Madras plague regulations in force outside the Presidency town - Volume 1
Disease focus: Plague
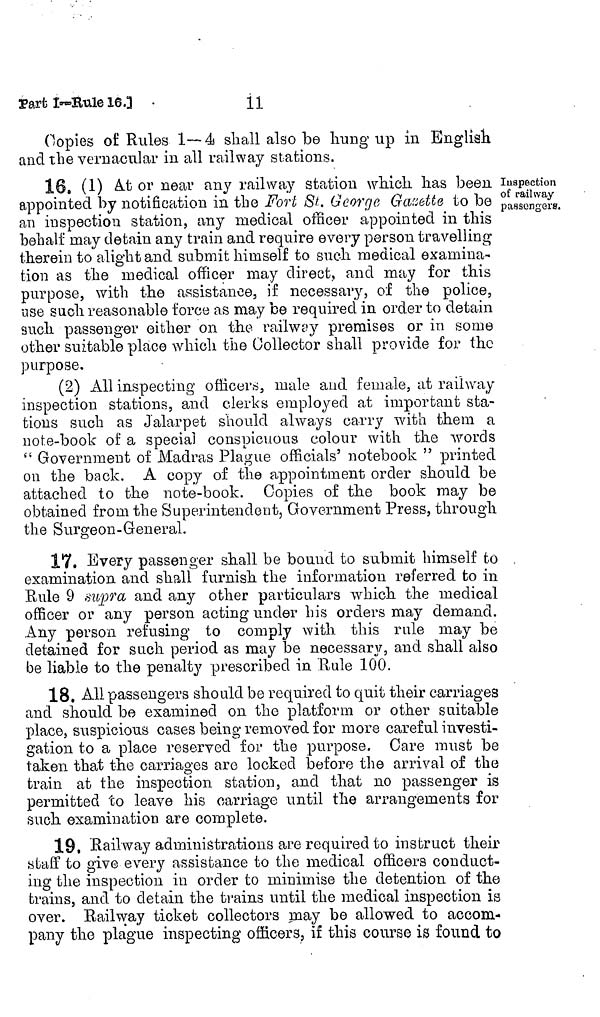
11
Part I-Bule 16.3
Copies of Rules 1—4 shall also be hungup in English
and the vernacular in all railway stations.
Inspection
of railway
passengers.
16. (1) At or near any railway station which has been
appointed by notification in the Fort St. George Gazette to be
an inspection station, any medical officer appointed in this
behalf may detain any train and require every person travelling
therein to alight and submit himself to such medical examina-
tion as the medical officer may direct, and may for this
purpose, with the assistance, if necessary, of the police,
use such reasonable force as may be required in order to detain
such passenger either on the railway premises or in some
other suitable place which the Collector shall provide for the
purpose.
(2) All inspecting officers, male and female, at railway
inspection stations, and clerks employed at important sta-
tions such as Jalarpet should always carry with them a
note-book of a special conspicuous colour with the words
Government of Madras Plague officials' notebook " printed
on the back. A copy of the appointment order should be
attached to the note-book. Copies of the book may be
obtained from the Superintendent, Government Press, through
the Surgeon-General.
17. Every passenger shall be bound to submit himself to
examination and shall furnish the information referred to in
Eule 9 supra and any other particulars which the medical
officer or any person acting under his orders may demand.
Any person refusing to comply with this rule may be
detained for such period as may be necessary, and shall also
be liable to the penalty prescribed in Rule 100.
18. All passengers should be required to quit their carriages
and should be examined on. the platform or other suitable
place, suspicious cases being removed for more careful investi-
gation to a place reserved for the purpose. Care must be
taken that the carriages are locked before the arrival of the
train at the inspection station, and that no passenger is
permitted to leave his carriage until the arrangements for
such examination are complete.
19. Rail way administrations are required to instruct their
staff to give every assistance to the medical officers conduct-
ing the inspection in order to minimise the detention of the
trains, and to detain the trains until the medical inspection is
over. Railway ticket collectors may be allowed to accom-
pany the plague inspecting officers, if this course is found to